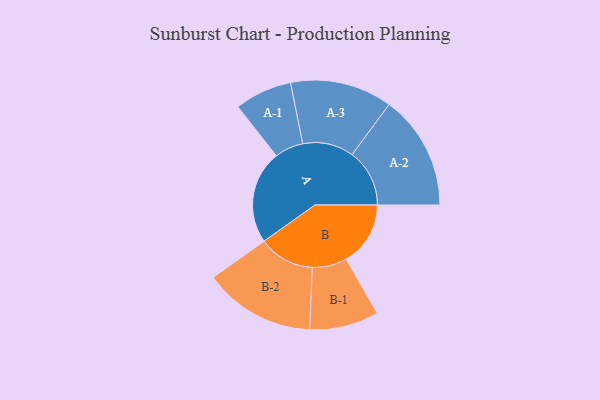
{"axis": {"x": "Segment", "y": "Value"}, "legend": ["", "A", "B"], "data": [{"x": "A", "y": 488, "type": ""}, {"x": "B", "y": 336, "type": ""}, {"x": "A-1", "y": 150, "type": "A"}, {"x": "A-2", "y": 300, "type": "A"}, {"x": "A-3", "y": 267, "type": "A"}, {"x": "B-1", "y": 181, "type": "B"}, {"x": "B-2", "y": 292, "type": "B"}]}